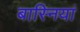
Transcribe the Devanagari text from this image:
बास्नियां